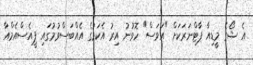
އެ ޝޯގެ މީޑިއާ ޕާޓްނަރަކަށް "އަވަސް" ހޮވުނު އިރު އެކަމުގެ އެއްބަސްވުމުގައި ޕީއެސްއެމްއާ